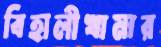
বিহালীখামার